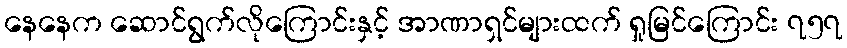
နေနေက ဆောင်ရွက်လိုကြောင်းနှင့် အာဏာရှင်များထက် ရှုမြင်ကြောင်း ၇၅၇